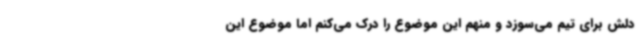
دلش برای تیم می‌سوزد و منهم این موضوع را درک می‌کنم اما موضوع این